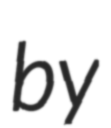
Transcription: by